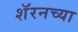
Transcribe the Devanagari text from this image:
शॅरनच्या